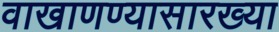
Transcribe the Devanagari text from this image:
वाखाणण्यासारख्या